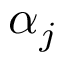
\alpha _ { j }